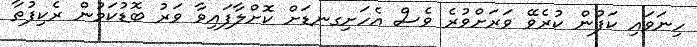
ހިނަވައި ކަފުން ކުރެވޭ ވަރަށްވުރެ ވެސް އެހަށިގނޑަށް ކޮށްލާފައިވާ ވަރު ބޮޑުކަމުން ރެކިފުތާ